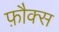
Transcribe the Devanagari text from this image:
फ़ौक्स